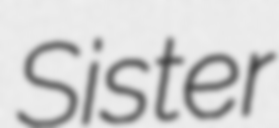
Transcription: Sister